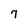
Character: 7